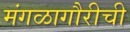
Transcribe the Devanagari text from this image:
मंगळागौरीची